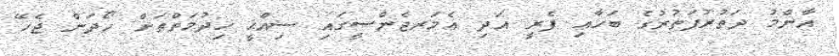
އާންމު ދަތުރުފަތުރުގެ ބަހާއި ފެރީ އަދި އެމަރޖެންސީގައި ސިއްޙީ ޚިދުމަތްތަށް ހޯދަން ޖެހޭ